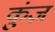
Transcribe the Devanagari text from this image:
कुंज़